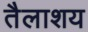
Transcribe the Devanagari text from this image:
तैलाशय